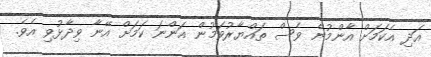
އަދި އެކަމަށް އާންމުން ވެސް ތައްޔާރުވަމުން އަންނަ ކަމަށް އޭނާ ވިދާޅުވި އެވެ.